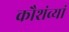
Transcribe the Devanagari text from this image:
कौशंव्यां